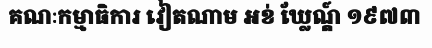
គណៈកម្មាធិការ វៀតណាម អខ់ ឃ្លែណ្ត៍ ១៩៧៣